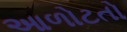
આળોટતો